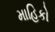
માહિકો